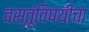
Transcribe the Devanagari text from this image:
वस्तूंविषयीचा